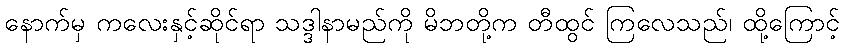
နောက်မှ ကလေးနှင့်ဆိုင်ရာ သဒ္ဒါနာမည်ကို မိဘတို့က တီထွင် ကြလေသည်၊ ထို့ကြောင့်